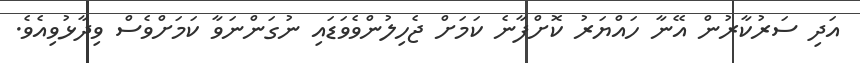
އަދި ސަރުކާރުން އޭނާ ހައްޔަރު ކޮށްފާނެ ކަމަށް ޖެހިލުންވެވަޑައި ނުގަންނަވާ ކަމަށްވެސް ވިދާޅުވިއެވެ.